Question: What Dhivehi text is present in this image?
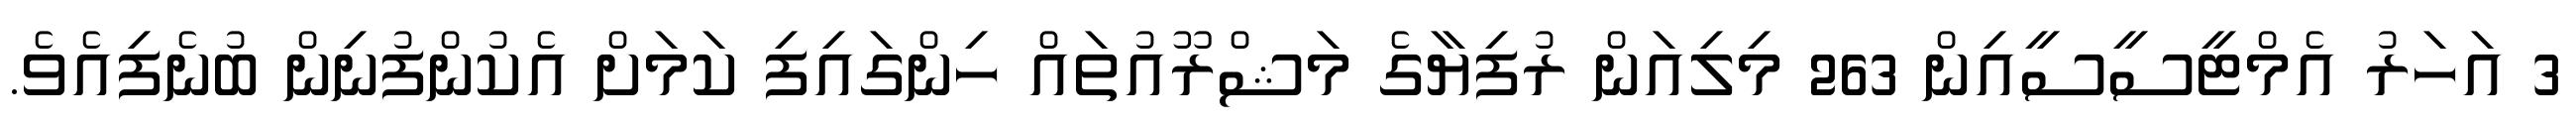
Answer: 3 އަހަރު އެމްޓީސީސީއިން 263 މިލިއަން ރުފިޔާގެ މަޝްރޫއުތައް ހިންގައިފި ކަމަށް އެކުންފުނިން ބުނެފިއެވެ.